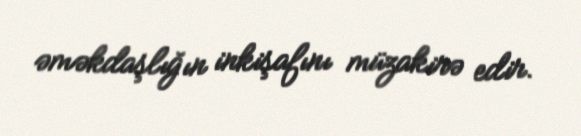
əməkdaşlığın inkişafını müzakirə edir.